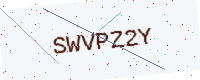
Text: SWVPZ2Y